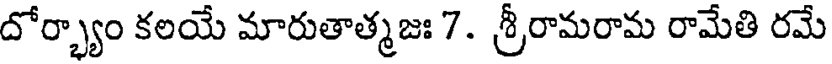
దోర్భ్యాం కలయే మారుతాత్మజః 7. శ్రీరామరామ రామేతి రమే